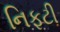
નિફટી